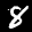
Label: 8